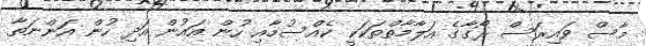
މާސް ވައިރަސް ރޯގާގެ އަލާމާތްތަކަކީ ކެއްސުމާއި ހުން އައުން އަދި ހުން އަންނަތާ